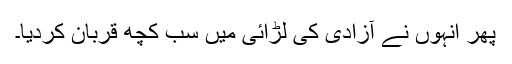
پھر انہوں نے آزادی کی لڑائی میں سب کچھ قربان کردیا۔